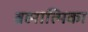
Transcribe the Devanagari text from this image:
ब्रह्मात्मिका